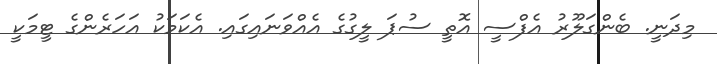
މިދަނީ. ބެންގަލޫރު އެފްސީ އޮތީ ސުޕަ ލީގުގެ އެއްވަނައިގައި. އެކަމަކު އަހަރެންގެ ޓީމަކީ